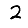
Digit: 2